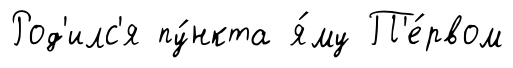
Род'илс'я пу́нкта я́му П'е́рвом